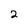
Character: 2